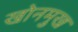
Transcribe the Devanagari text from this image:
खोनमुख